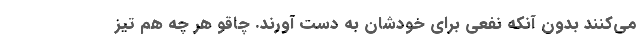
می‌كنند بدون آنكه نفعی برای خودشان به دست آورند. چاقو هر چه هم تیز